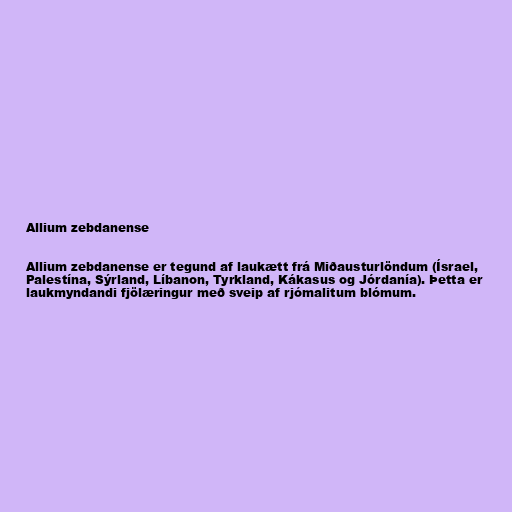
Allium zebdanense

Allium zebdanense er tegund af laukætt frá Miðausturlöndum (Ísrael,
Palestína, Sýrland, Líbanon, Tyrkland, Kákasus og Jórdanía). Þetta er
laukmyndandi fjölæringur með sveip af rjómalitum blómum.